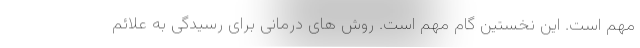
مهم است. این نخستین گام مهم است. روش های درمانی برای رسیدگی به علائم